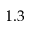
1 . 3